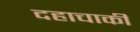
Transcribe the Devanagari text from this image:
दहाचाकी